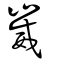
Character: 崴